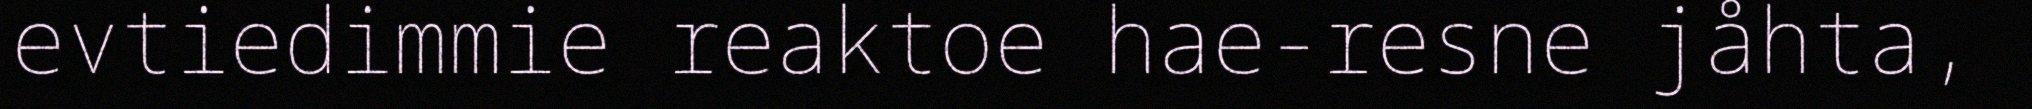
evtiedimmie reaktoe hae-resne jåhta,